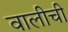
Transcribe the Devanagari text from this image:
वालीची